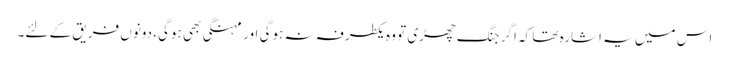
اس میں یہ اشارہ تھا کہ اگر جنگ چھڑی تو وہ یکطرفہ نہ ہوگی اور مہنگی بھی ہوگی، دونوں فریق کے لئے۔